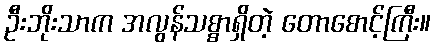
ဦးဘိုးသာက အလွန်သစ္စာရှိတဲ့ တောစောင့်ကြီး။